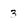
Character: 3